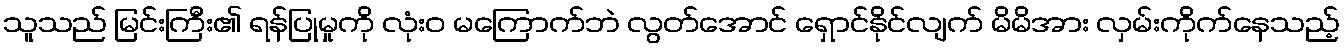
သူသည် မြင်းကြီး၏ ရန်ပြုမှုကို လုံးဝ မကြောက်ဘဲ လွတ်အောင် ရှောင်နိုင်လျက် မိမိအား လှမ်းကိုက်နေသည့်